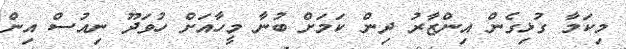
މިކަމާ ގުޅިގެން އިންޒާރު ދިން ކަމަށް ބުނާ މީހާއަށް ހުވަދޫ ނިއުސް އިން